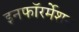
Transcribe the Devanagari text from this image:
इनफॉरर्मेशन